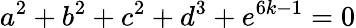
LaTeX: a^{2}+b^{2}+c^{2}+d^{3}+e^{6k-1}=0